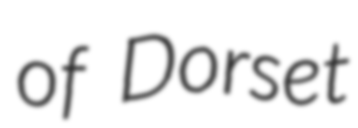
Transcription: of Dorset